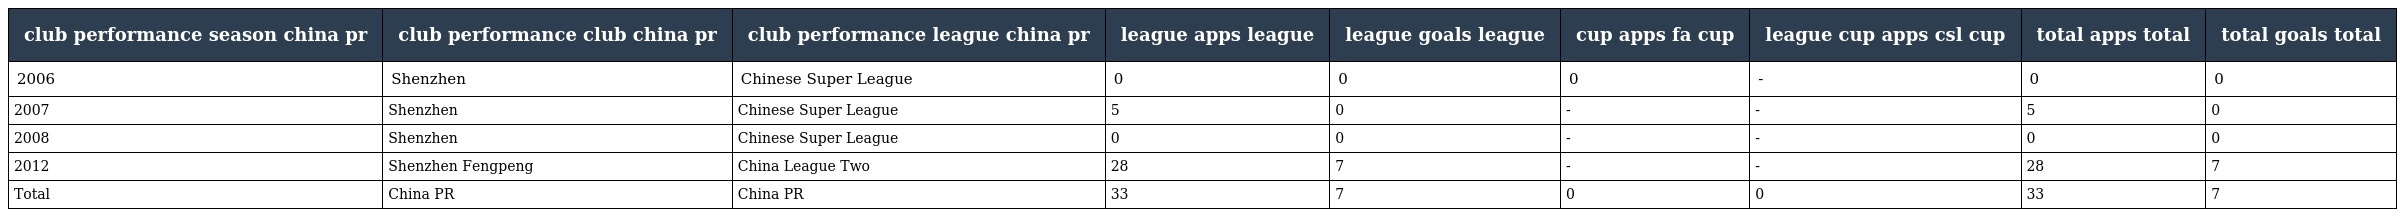
| club performance season china pr | club performance club china pr | club performance league china pr | league apps league | league goals league | cup apps fa cup | league cup apps csl cup | total apps total | total goals total |
 | --- | --- | --- | --- | --- | --- | --- | --- | --- |
 | 2006 | Shenzhen | Chinese Super League | 0 | 0 | 0 | - | 0 | 0 |
 | 2007 | Shenzhen | Chinese Super League | 5 | 0 | - | - | 5 | 0 |
 | 2008 | Shenzhen | Chinese Super League | 0 | 0 | - | - | 0 | 0 |
 | 2012 | Shenzhen Fengpeng | China League Two | 28 | 7 | - | - | 28 | 7 |
 | Total | China PR | China PR | 33 | 7 | 0 | 0 | 33 | 7 |